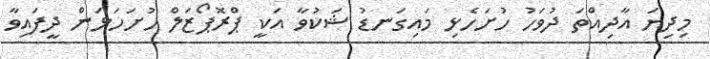
މިދިޔަ އާދިއްތަ ދުވަހު ހުށަހެޅި މައިގަނޑު ޝަކުވާ އަކީ ޕްރޮޕޯޒަލް ހުށަހަޅަން ދީފައިވާ